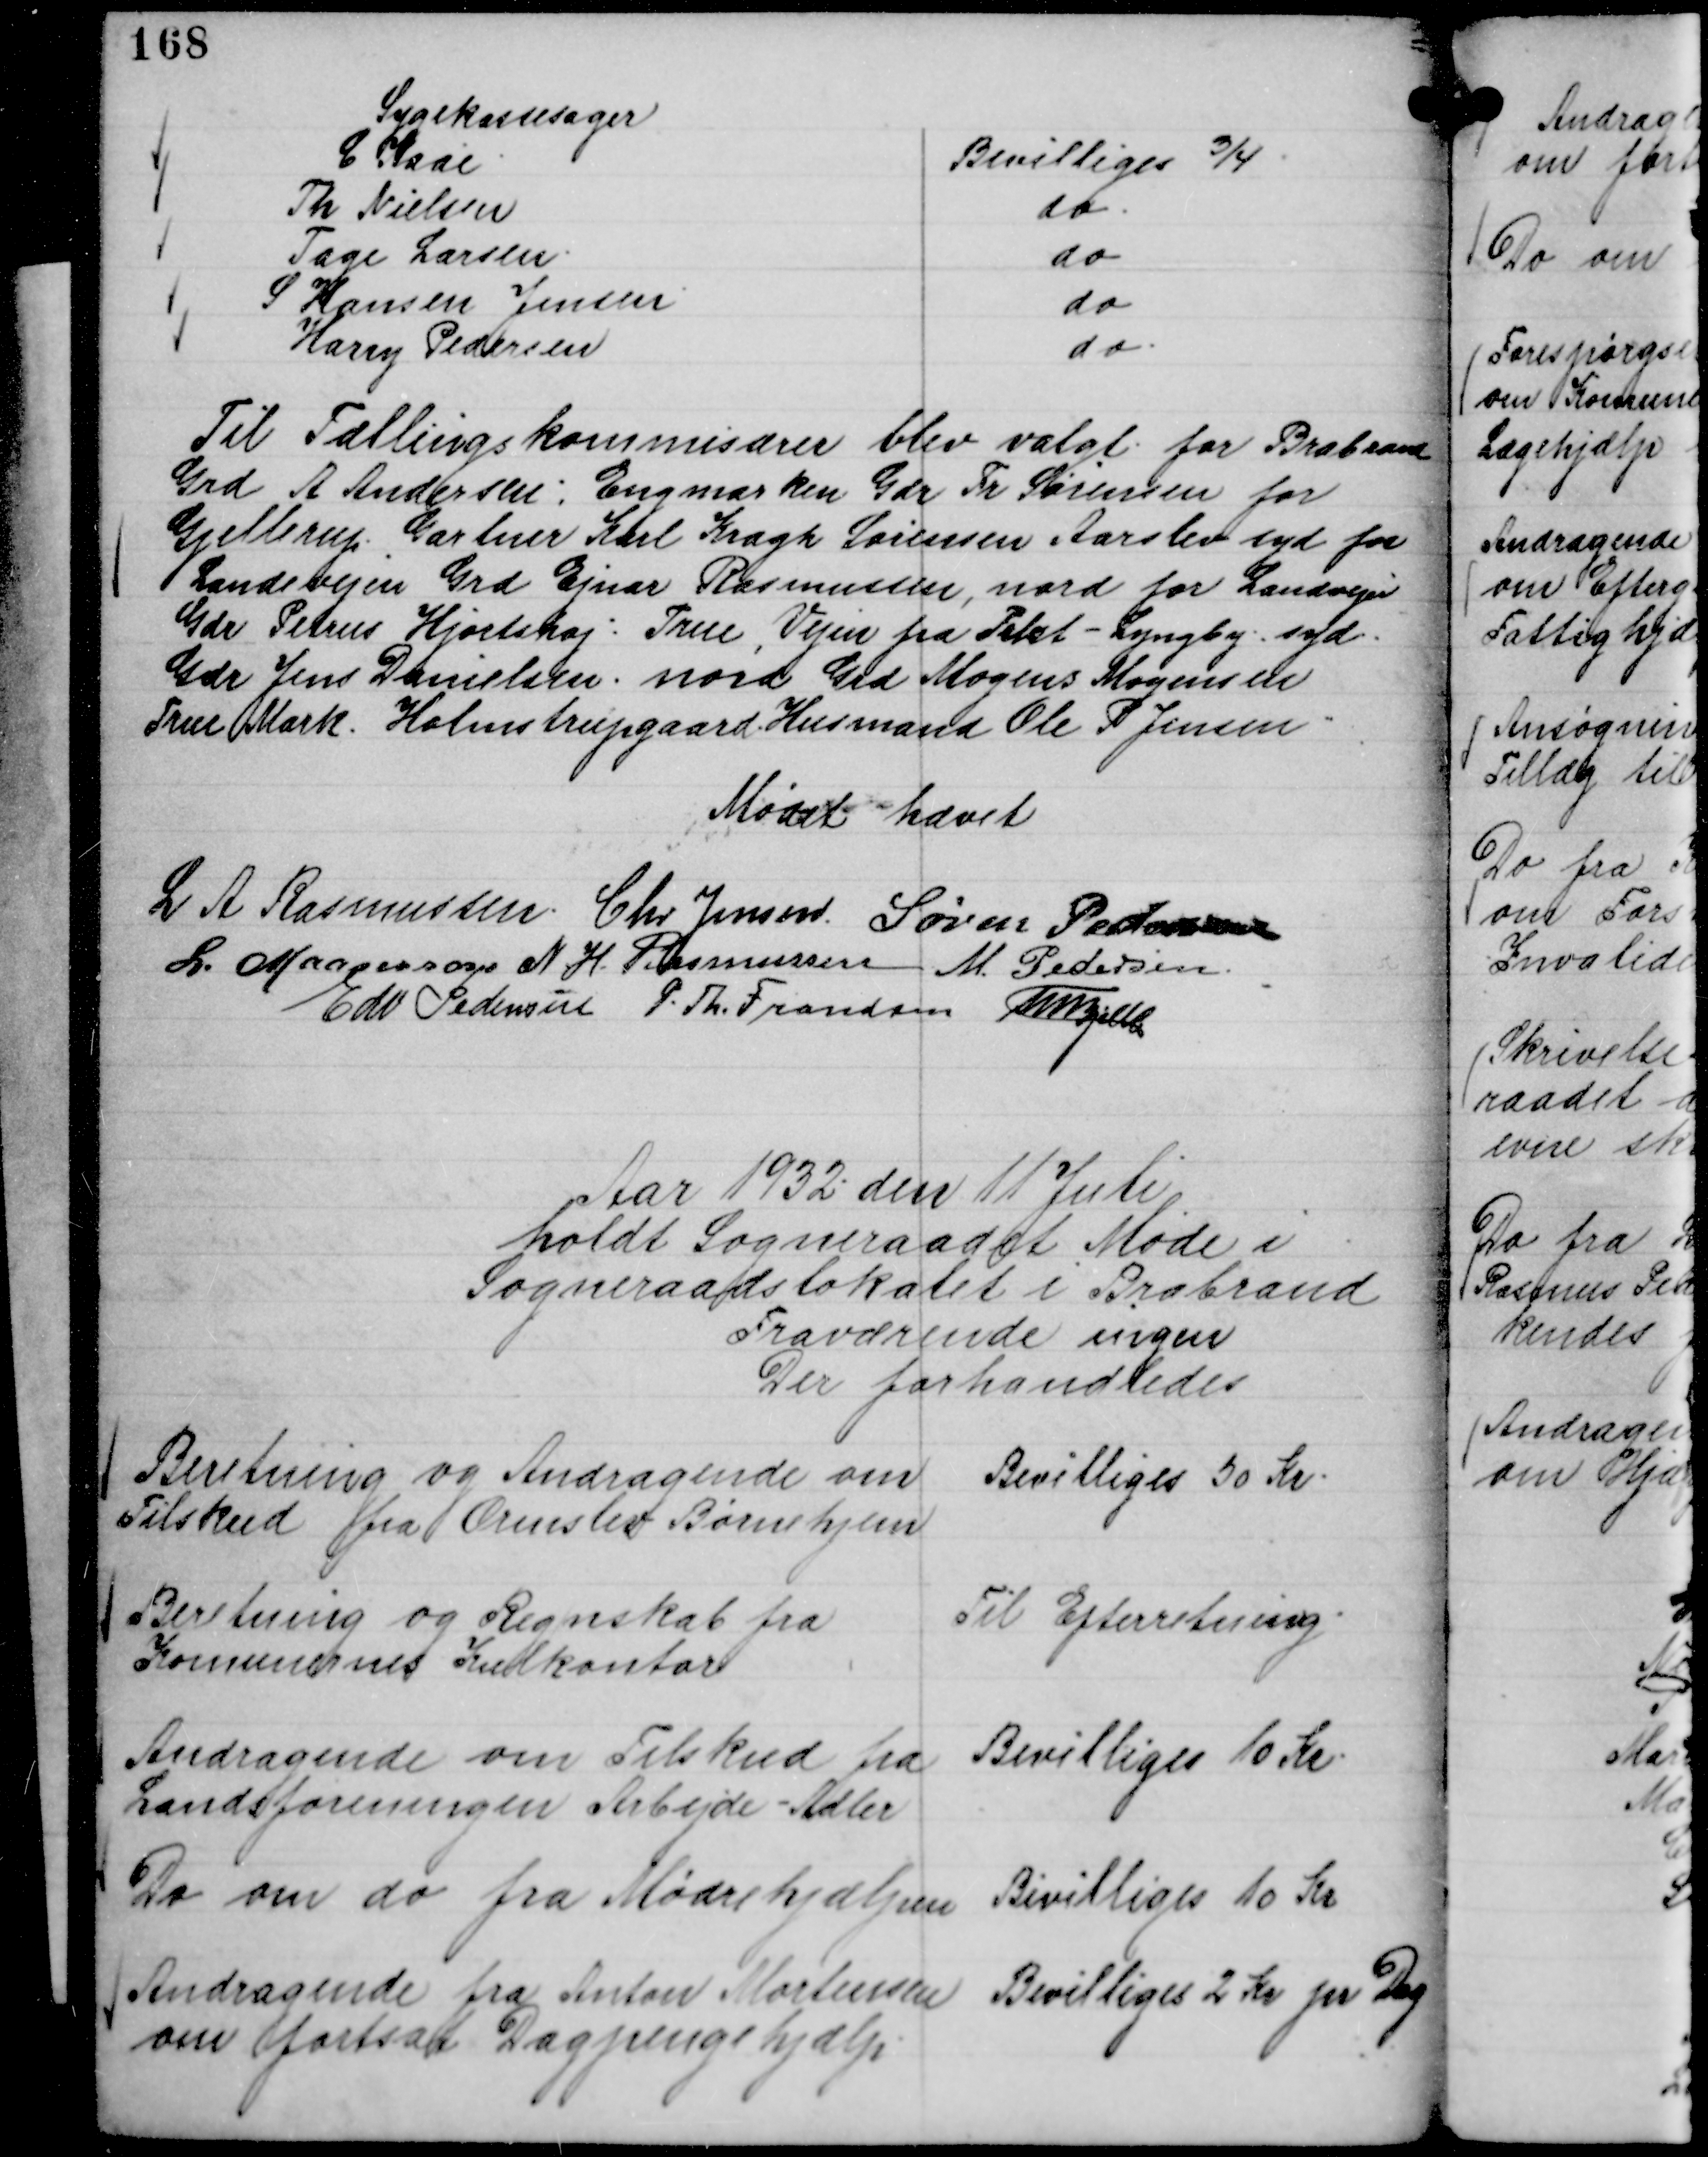
Transskription:
Sygekassesager
C Kaae.
Bevilliges ¾.
Th Nielsen
do.
Tage Larsen.
do
S Hansen Jensen.
do
Harry Pedersen
do.

Til Tællingskommisærer blev valgt for Brabrand
Grd A Andersen: Engmarken Grd Fr Sørensen for
Gjellerup. Gartner Karl Kragh Sørensen Aarslev syd for
Landevejen Grd Ejnar Rasmussen, nord for Landevejen
Grd Petrus Hjortshøj:. True, Vejen fra Tilst - Lyngby : syd.
Grd Jens Danielsen. nord Grd Mogens Mogensen
True Mark. Holmstrupgaard Husmand Ole P Jensen.

Mødet hævet
L A Rasmussen.
Chr Jensen.
Søren Pedersen
L. Maansson
N H. Rasmussen
M. Pedersen.
Edv Pedersen
P. Th. Frandsen
Th Bjelke

Aar 1932 den 11 Juli
holdt Sogneraadet Møde i
Sogneraadslokalet i Brabrand
Fraværende ingen
Der forhandledes

Beretning og Andragende om
Tilskud fra Ormslev Børnehjem

Bevilliges 50 Kr.

Beretning og Regnskab fra
Komunernes Kulkontor

Til Efterretning.

Andragende om Tilskud fra
Landsforeningen Arbejde - Adler

Bevilliges 10 Kr.

Do om do fra Mødrehjælpen

Bivilliges 10 Kr

Andragende fra Anton Mortensen
om fortsat Dagpengehjælp.

Bevilliges 2 Kr pr Dag